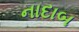
નાદાબ